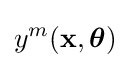
y^{m}(\mathbf {x} ,{\boldsymbol {\theta }})